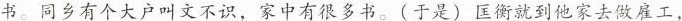
书。同乡有个大户叫文不识，家中有很多书。(于是)匡衡就到他家去做雇工，